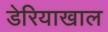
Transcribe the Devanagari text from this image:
डेरियाखाल